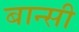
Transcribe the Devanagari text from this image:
बान्‍सी